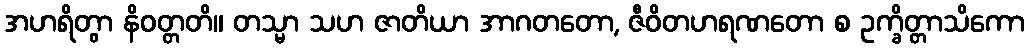
အဟရိတွာ နိဝတ္တတိ။ တသ္မာ သဟ ဇာတိယာ အာဂတတော, ဇီဝိတဟရဏတော စ ဥက္ခိတ္တာသိကော